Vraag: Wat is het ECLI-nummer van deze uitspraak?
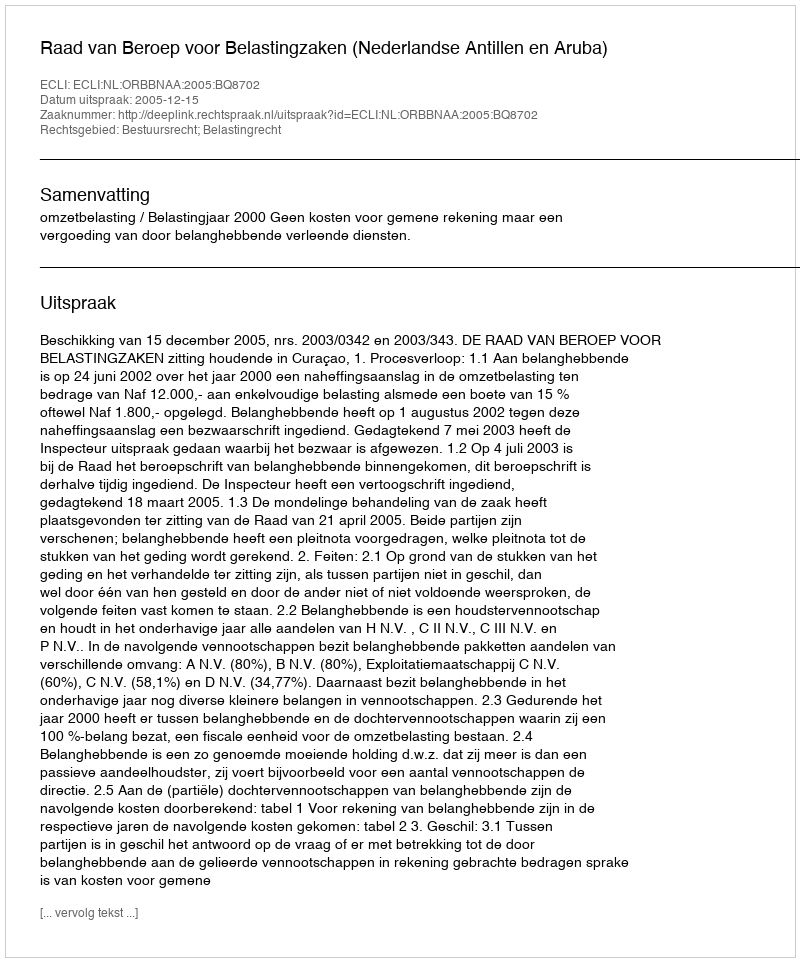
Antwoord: ECLI:NL:ORBBNAA:2005:BQ8702